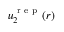
u _ { 2 } ^ { { \mathrm { ~ r ~ e ~ p ~ } } } ( r )